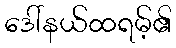
ဒေါ်နယ်ထရမ့်၏